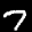
Label: 7